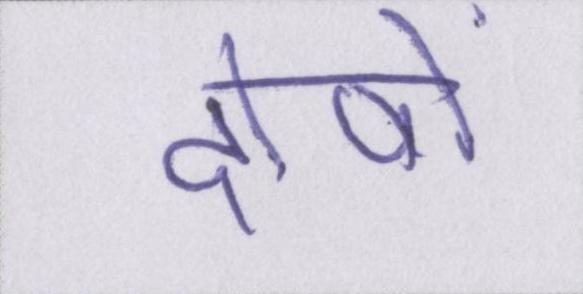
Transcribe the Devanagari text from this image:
दोषों